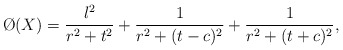
\begin{align*} \O(X) = \frac{\l^2}{r^2+t^2} + \frac{1}{r^2+(t-c)^2} + \frac{1}{r^2+(t+c)^2},\end{align*}